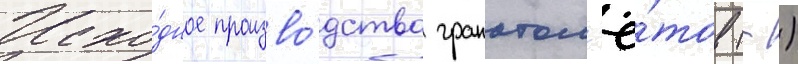
Исхо́дное произво́дство гранатом'ё́тов (-)